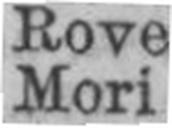
Mori